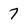
Character: 7